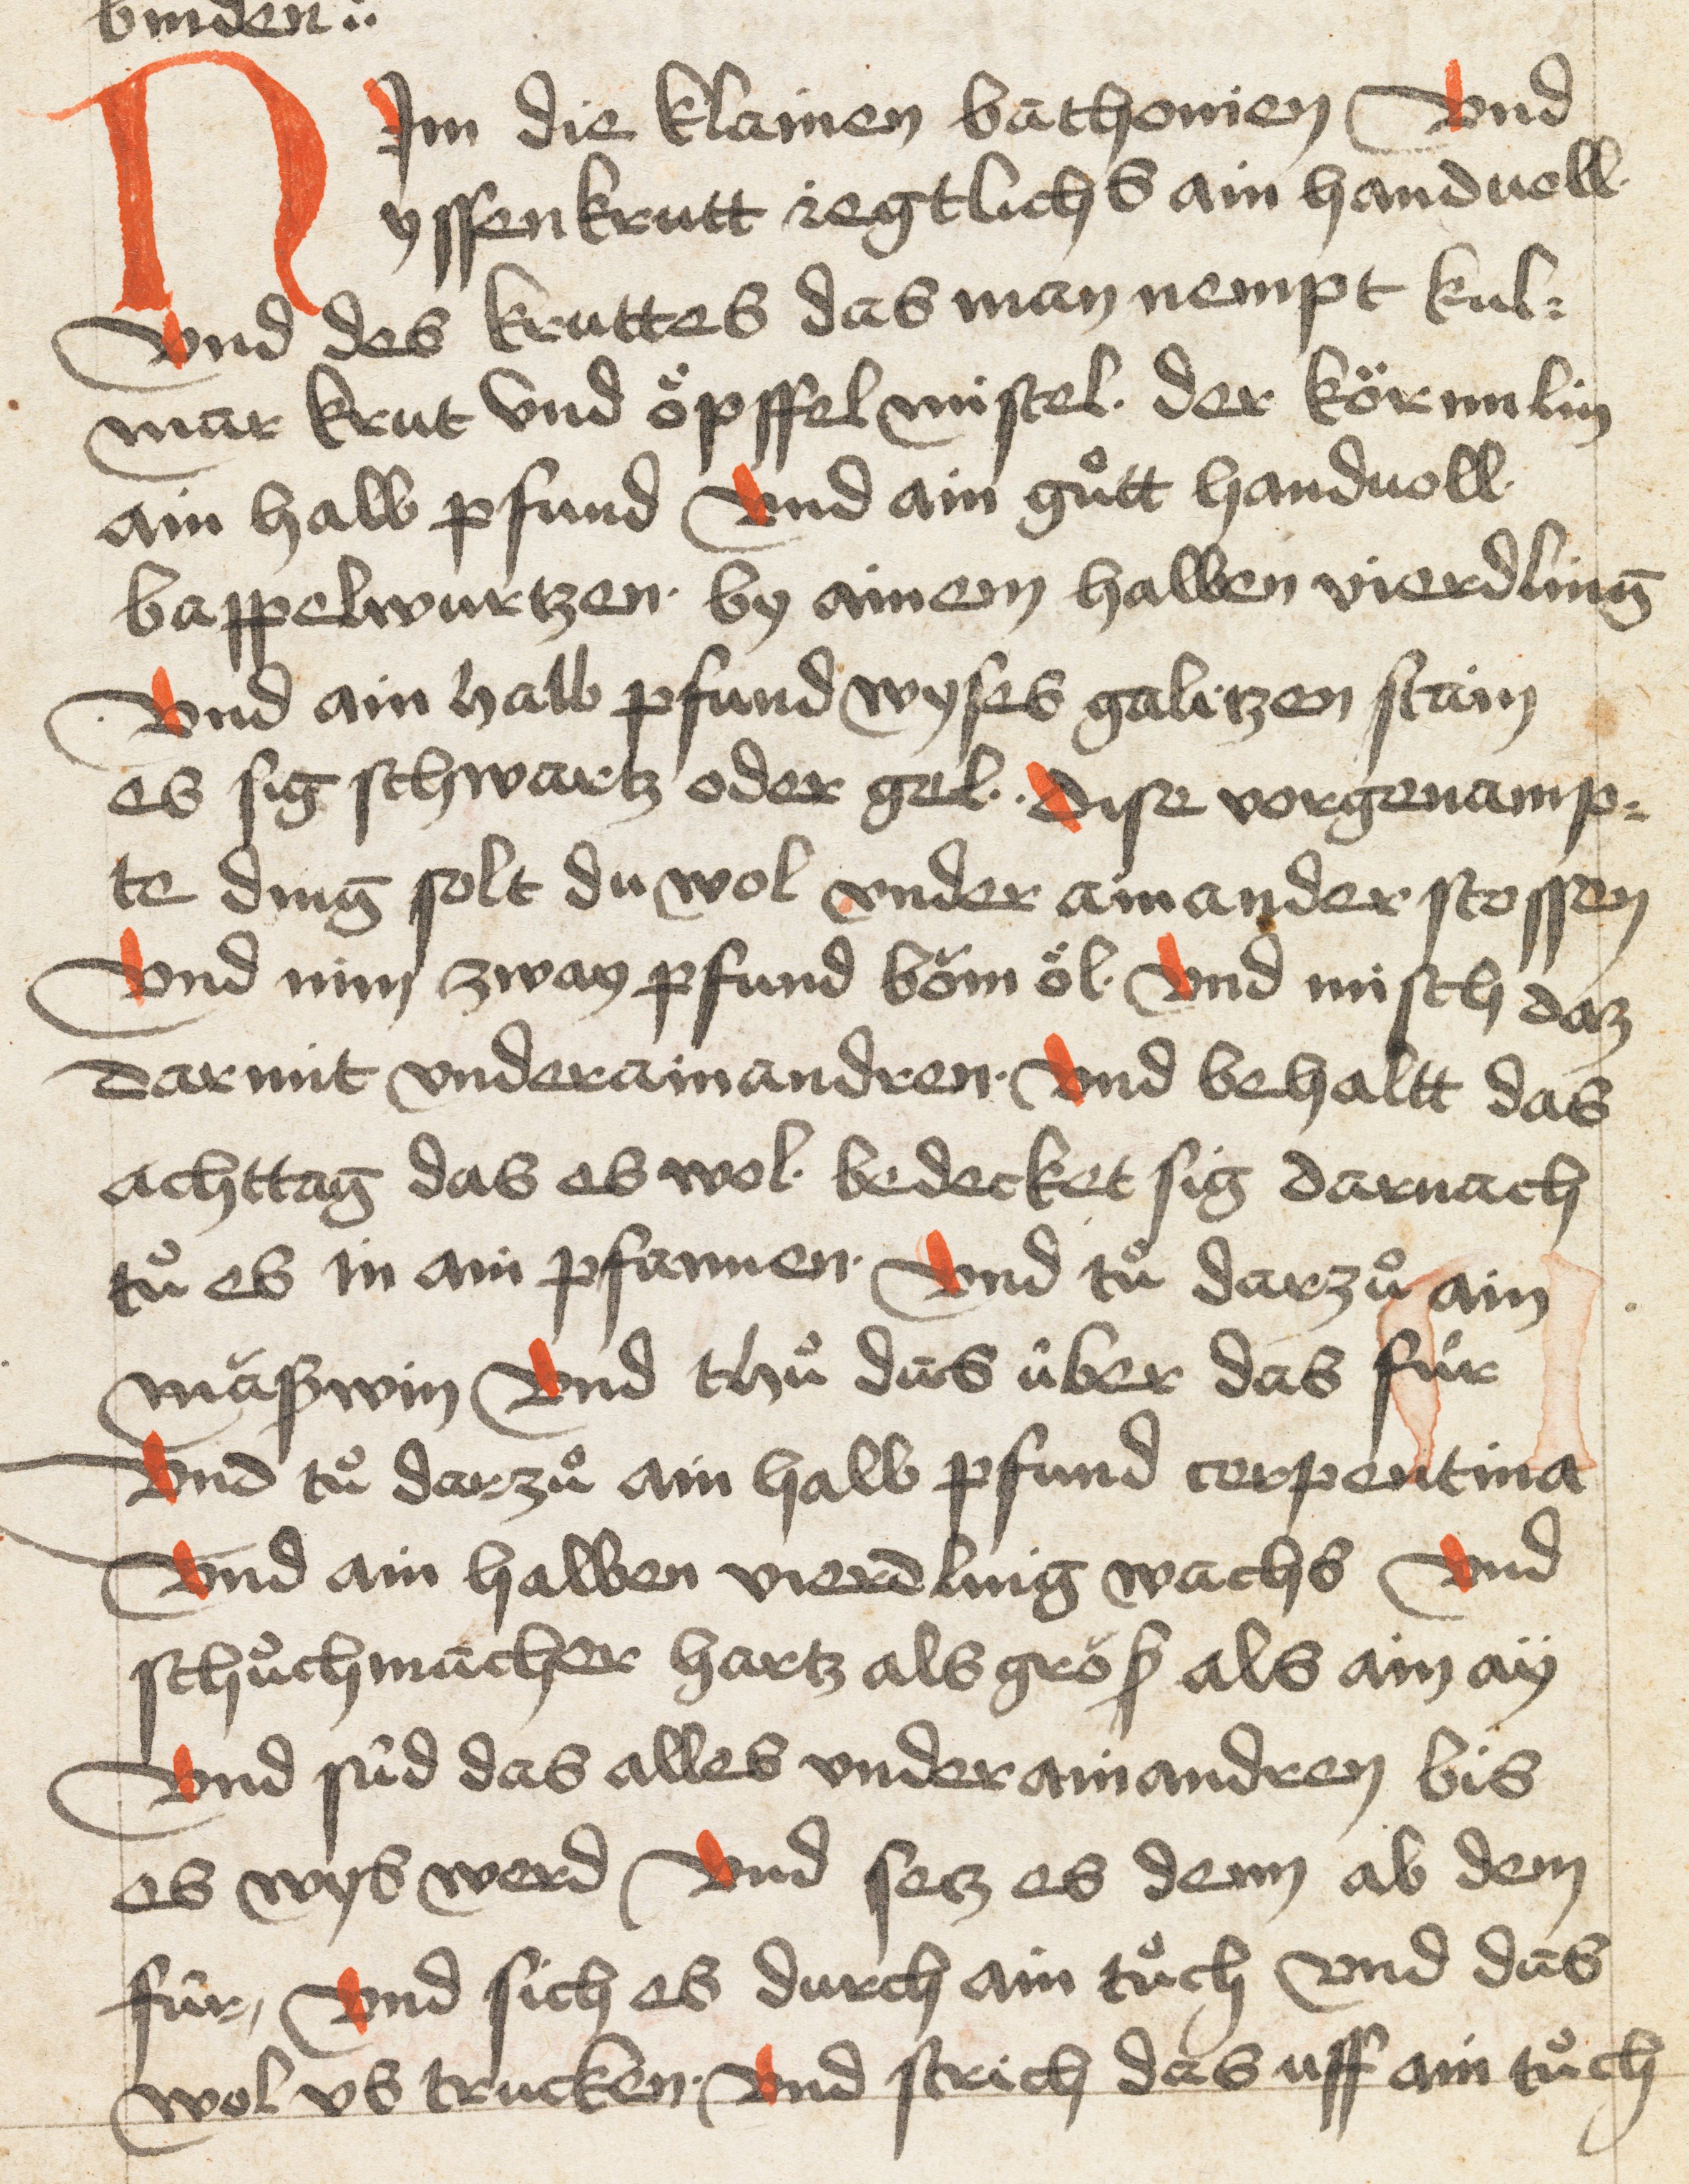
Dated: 1400–1499